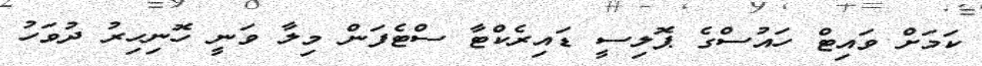
ކަމަށް ވައިޓް ހައުސްގެ ޕޮލިސީ ޑައިރެކްޓާ ސްޓެފަން މިލާ ވަނީ ހޮނިހިރު ދުވަހު